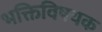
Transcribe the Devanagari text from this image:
भक्तिविषयक